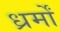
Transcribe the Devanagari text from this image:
ध्रर्मों